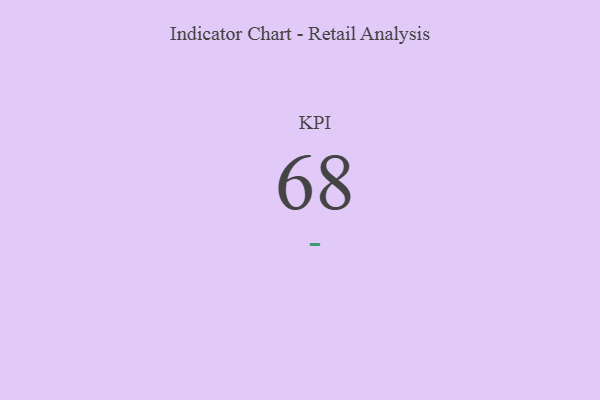
{"axis": {"x": "KPI", "y": "Value"}, "legend": [""], "data": [{"x": "KPI", "y": 68, "type": ""}]}